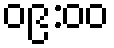
၀၉:၀၀